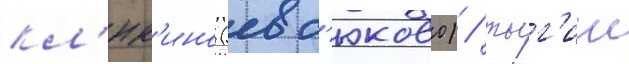
кл'юк'ино (евс'юково) / тыг'иш